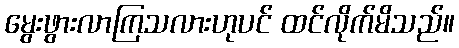
မွေးဖွားလာကြသလားဟုပင် ထင်လိုက်မိသည်။